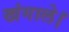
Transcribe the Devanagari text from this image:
खंगाले।